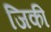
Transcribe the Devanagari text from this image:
जिकी